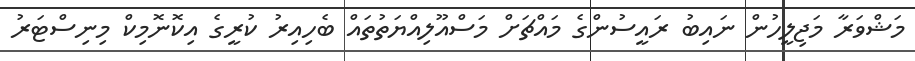
މަޝްވަރާ މަޖިލީހުން ނައިބު ރައީސުންގެ މައްޗަށް މަސްއޫލިއްޔަތުތައް ބެހިއިރު ކުރީގެ އިކޮނޮމިކް މިނިސްޓަރު